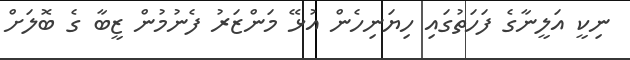
ނިކީ އަލީނާގެ ފަހަތުގައި ހިޔަނިހެން އުޅޭ މަންޒަރު ފެނުމުން ޒީބާ ގެ ބޮލަށް